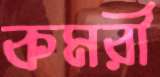
কমরী